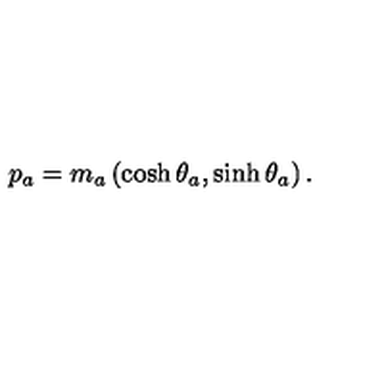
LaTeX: p _ { a } = m _ { a } \left( \cosh \theta _ { a } , \sinh \theta _ { a } \right) .